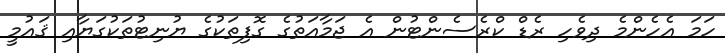
ހަމަ އެހެންމެ ދިވެހި ރެޑް ކްރެސެންޓުން އެ ޖަމާއަތުގެ ގޮފިތަކުގެ ޔުނިޓުތަކުގަޔާއި ޤައުމީ